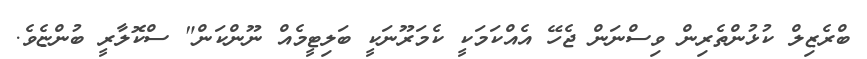
ބްރެޒިލް ކުޅުންތެރިން ވިސްނަން ޖެހޭ އެއްކަމަކީ ކެމަރޫނަކީ ބަލިޓީމެއް ނޫންކަން" ސްކޮލާރީ ބުންޏެވެ.